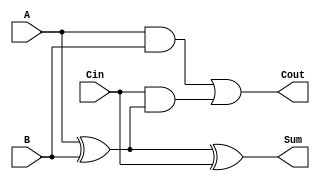
module low_power_full_adder (
    input wire A,      // First input bit
    input wire B,      // Second input bit
    input wire Cin,    // Carry input bit
    output wire Sum,   // Output sum bit
    output wire Cout   // Carry output bit
);

// Internal signals for intermediate calculations
wire AxorB; // A XOR B

// Calculate Sum using XOR gates
assign AxorB = A ^ B; // First XOR
assign Sum = AxorB ^ Cin; // Second XOR for final Sum

// Calculate Cout using AND and OR gates
assign Cout = (A & B) | (Cin & AxorB); // Carry out logic

endmodule